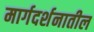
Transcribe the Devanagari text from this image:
मार्गदर्शनातील